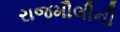
રાજમૌલીની